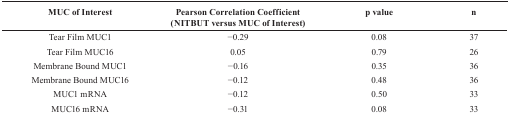
| MUC of Interest | Pearson Correlation Coefficient (NITBUT versus MUC of Interest) | p value | n |
 | --- | --- | --- | --- |
 | Tear Film MUC1 | −0.29 | 0.08 | 37 |
 | Tear Film MUC16 | 0.05 | 0.79 | 26 |
 | Membrane Bound MUC1 | −0.16 | 0.35 | 36 |
 | Membrane Bound MUC16 | −0.12 | 0.48 | 36 |
 | MUC1 mRNA | −0.12 | 0.50 | 33 |
 | MUC16 mRNA | −0.31 | 0.08 | 33 |